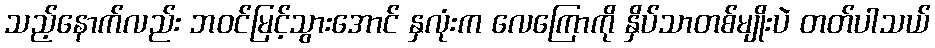
သည့်နောက်လည်း ဘဝင်မြင့်သွားအောင် နှလုံးက လေကြောကို နှိပ်သာတစ်မျိုးပဲ တတ်ပါသယ်